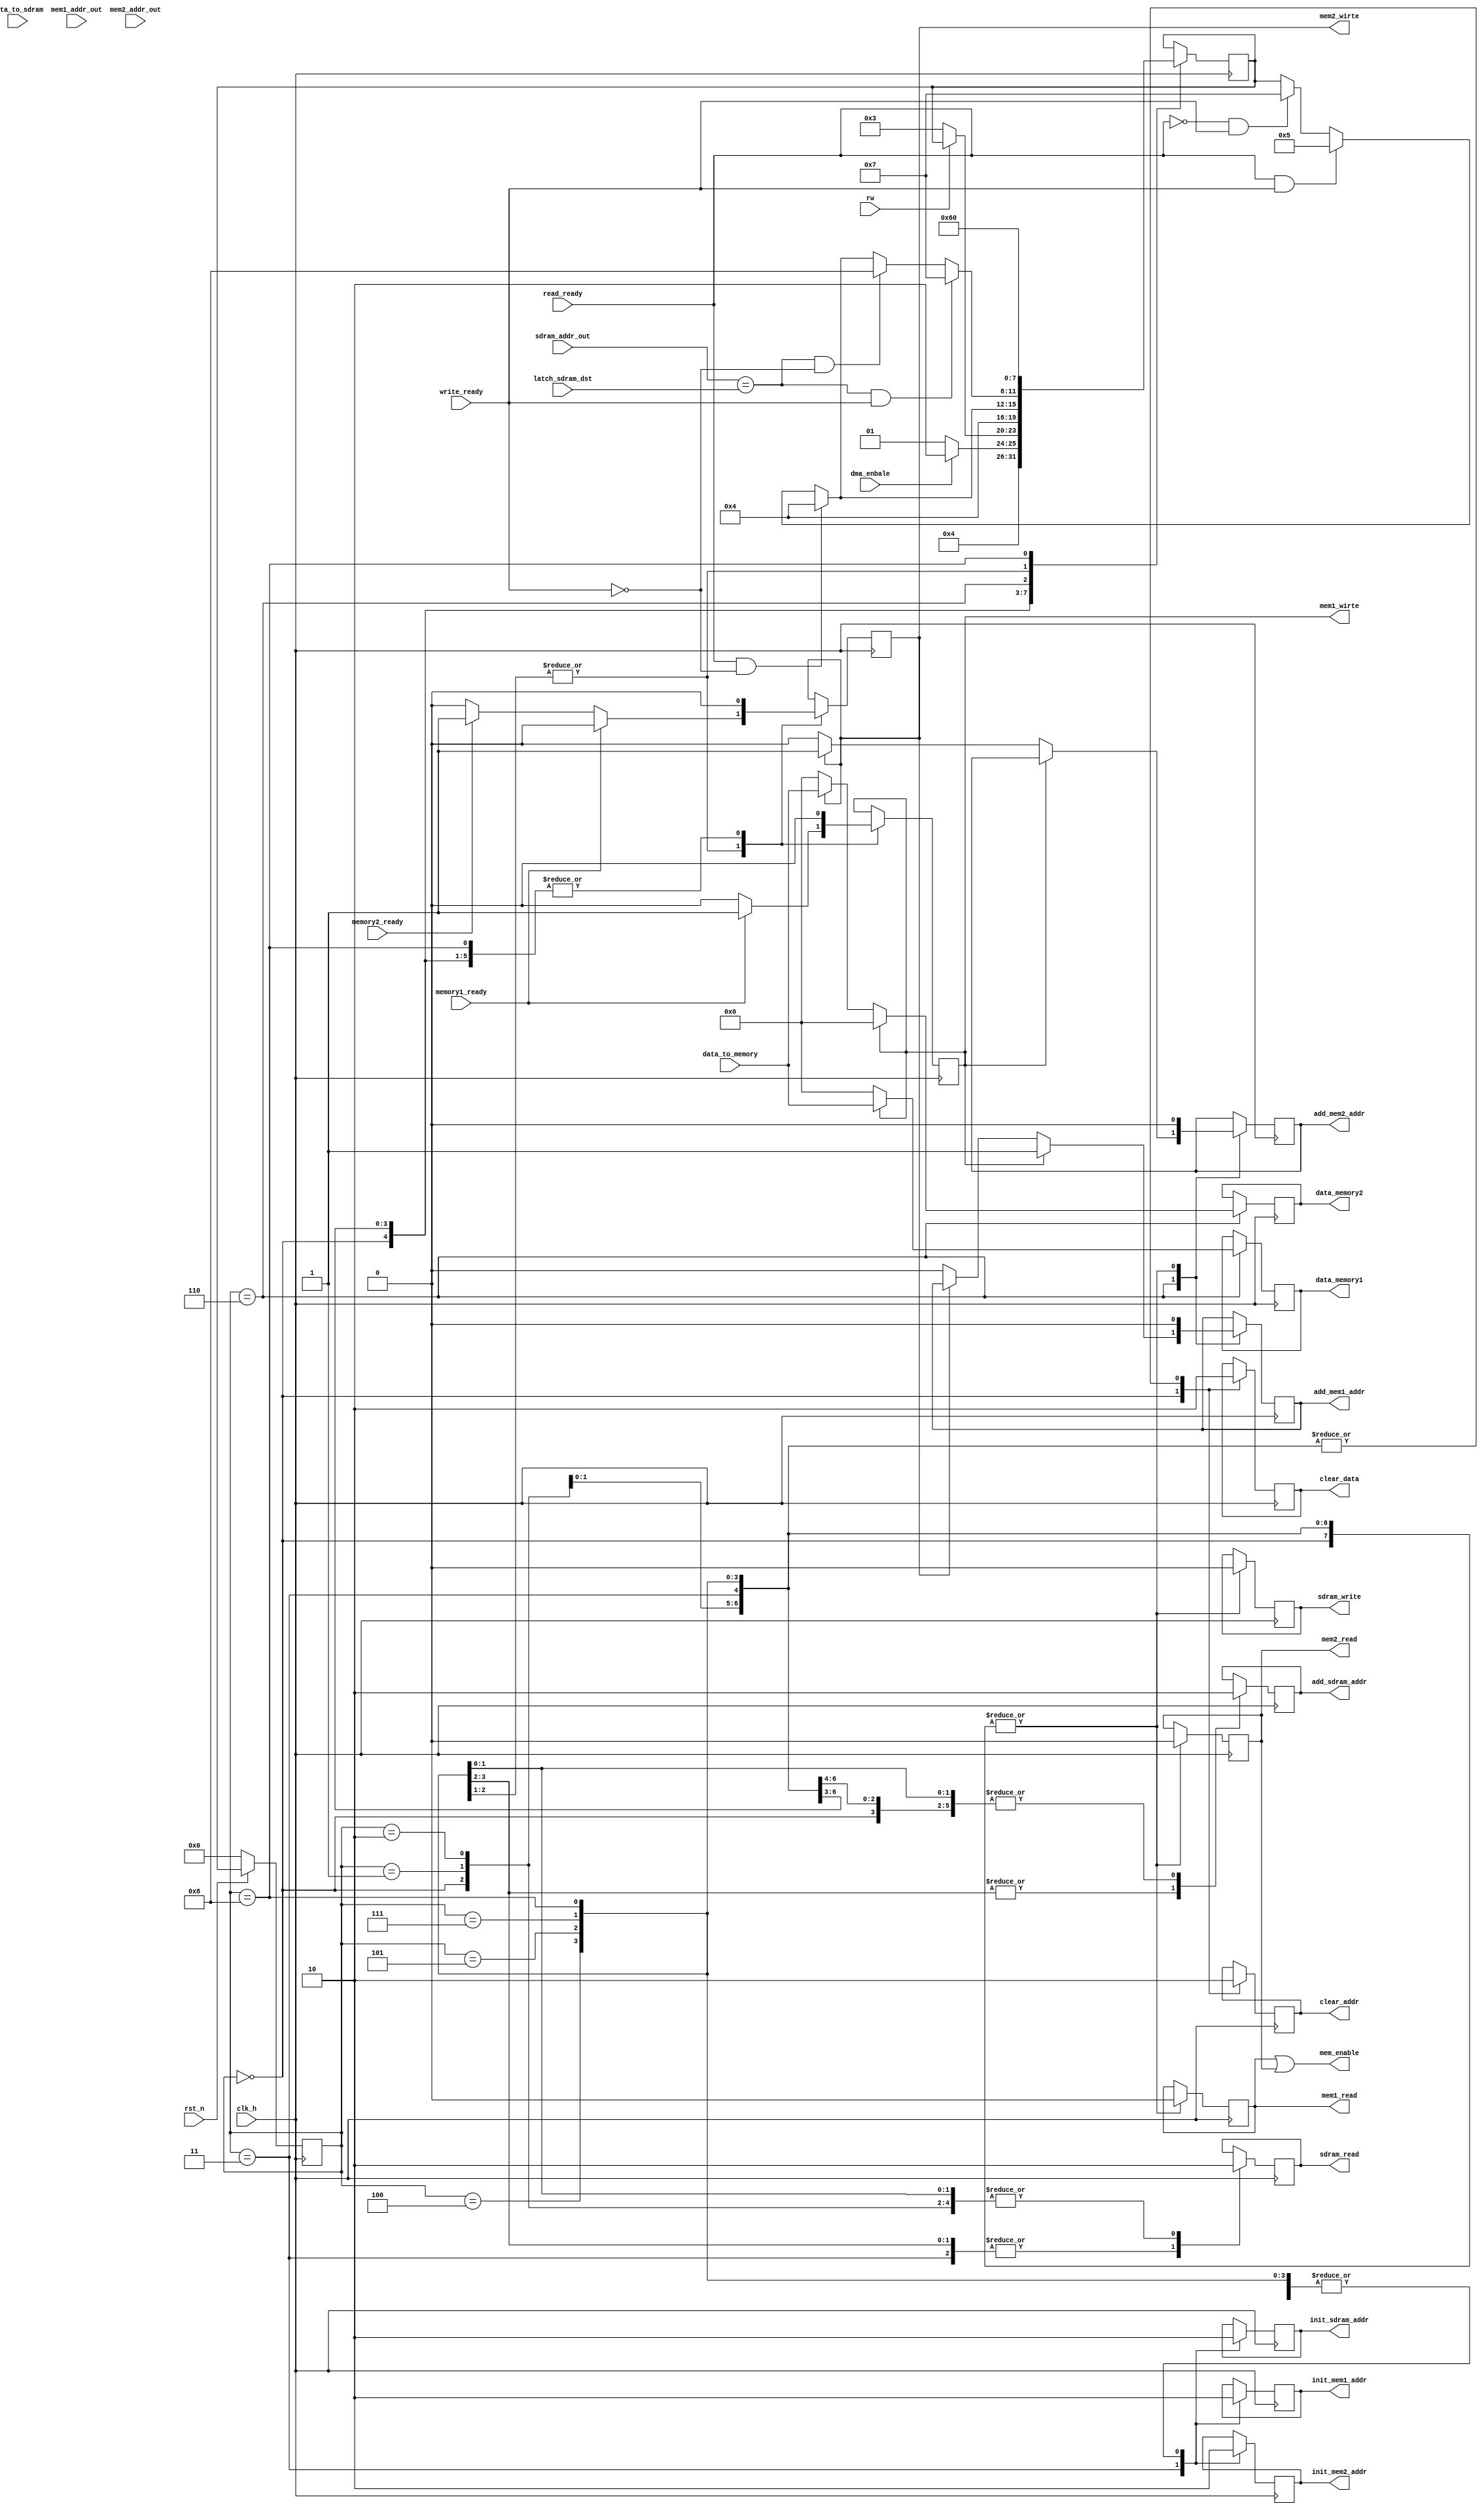
module control(
  input clk_h,
  input rst_n,
  input dma_enbale,
  input memory1_ready,
  input memory2_ready,
  
  //from data module
  input [255:0]data_to_memory,
  input [63:0] data_to_sdram,
  input write_ready,
  input read_ready,
  
  //from adresss module
  input [5:0] mem1_addr_out,
  input [5:0] mem2_addr_out,
  input [7:0] sdram_addr_out,
  
  // from top
  input [7:0] latch_sdram_dst,
  input rw, //0 sdram->memeory  memory->sdram
  //input [1:0] reg_pointer_beg;// 00 01 10 11
  //input [1:0] reg_pointer_curr;// 00 01 10 11
  output clear_data,
  output clear_addr,
  output sdram_read,
  output sdram_write,
  output mem1_read,
  output mem1_wirte,
  output mem2_read,
  output mem2_wirte,
  output init_sdram_addr,
  output init_mem1_addr,
  output init_mem2_addr,
  output add_sdram_addr,
  output add_mem1_addr,
  output add_mem2_addr,
  output [255:0] data_memory1,
  output [255:0] data_memory2,
  output mem_enable// ->data modle: empty_buffer
  );
  
  wire dma_enbale;
  wire memory1_ready;
  wire memory2_ready;
  
  //from data module
  wire [255:0]data_to_memory;
  wire [63:0] data_to_sdram;
  wire write_ready;
  wire read_ready;
  
  //from adresss module
  wire [5:0] mem1_addr_out;
  wire [5:0] mem2_addr_out;
  wire [7:0] sdram_addr_out;
  wire [7:0] latch_sdram_dst;
  wire rw;
  
  reg clear_data;
  reg clear_addr;
  reg sdram_read;
  reg sdram_write;
  reg mem1_read;
  reg mem1_wirte;
  reg mem2_read;
  reg mem2_wirte;
  reg init_sdram_addr;
  reg init_mem1_addr;
  reg init_mem2_addr;
  reg add_sdram_addr;
  reg add_mem1_addr;
  reg add_mem2_addr;
  reg [255:0] data_memory1;
  reg [255:0] data_memory2;
  wire mem_enable; //to data module 
  
  reg finish;
  reg [3:0] curr_state;
  reg [3:0] next_state;
  
  parameter s0=0,s1=1,s2=2,s3=3,s4=4,s5=5,s6=6,s7=7,s8=8;
  assign mem_enable=mem1_read||mem2_read;
  
   always@(posedge clk_h)
 begin
  if (rst_n == 1'b0) begin
    curr_state<=s0;
  end
  else
     curr_state<=next_state;
end

always@(posedge clk_h)
 begin
 case(curr_state)
  s0:
  begin
 clear_addr<=1;
 clear_data<=1;
 sdram_read<=0;
 sdram_write<=0;
 mem1_read<=0;
 mem1_wirte<=0;
 mem2_read<=0;
 mem2_wirte<=0;
 init_sdram_addr<=0;
 init_mem1_addr<=0;
 init_mem2_addr<=0;
 add_sdram_addr<=0;
 add_mem1_addr<=0;
 add_mem2_addr<=0;
 finish<=1;
 next_state<=s1;
  end
  
 s1:
  begin
  clear_addr<=0;
 clear_data<=0;
 sdram_read<=0;
 sdram_write<=0;
 mem1_read<=0;
 mem1_wirte<=0;
 mem2_read<=0;
 mem2_wirte<=0;
 init_sdram_addr<=0;
 init_mem1_addr<=0;
 init_mem2_addr<=0;
 add_sdram_addr<=0;
 add_mem1_addr<=0;
 add_mem2_addr<=0;
 finish<=1;
 if(dma_enbale==1)
 next_state<=s2;
 else
 next_state<=s1;
  end
  
  s2:
  begin
  clear_addr<=0;
 clear_data<=0;
 sdram_read<=0;
 sdram_write<=0;
 mem1_read<=0;
 mem1_wirte<=0;
 mem2_read<=0;
 mem2_wirte<=0;
 init_sdram_addr<=0;
 init_mem1_addr<=0;
 init_mem2_addr<=0;
 add_sdram_addr<=0;
 add_mem1_addr<=0;
 add_mem2_addr<=0;
 finish<=0;
 if(rw==0)
 next_state<=s3;
 //else
 //next_state<= jump to the state transfer from memory to sdram
 end
 
 // read data from sdram
   s3:
   begin
 clear_addr<=0;
 clear_data<=0;
 sdram_read<=1;
 sdram_write<=0;
 mem1_read<=0;
 mem1_wirte<=0;
 mem2_read<=0;
 mem2_wirte<=0;
 init_sdram_addr<=1;
 init_mem1_addr<=1;
 init_mem2_addr<=1;
 add_sdram_addr<=0;
 add_mem1_addr<=0;
 add_mem2_addr<=0;
 finish<=0;
 next_state<=s4;
   end
   
   s4:
   begin
 clear_addr<=0;
 clear_data<=0;
 sdram_read<=1;
 sdram_write<=0;
 mem1_read<=0;
 mem1_wirte<=0;
 mem2_read<=0;
 mem2_wirte<=0;
 init_sdram_addr<=0;
 init_mem1_addr<=0;
 init_mem2_addr<=0;
 add_sdram_addr<=1;
 add_mem1_addr<=0;
 add_mem2_addr<=0;
 finish<=0;
 if(read_ready==1&& write_ready==0)
   next_state<=s4;
 else if (read_ready==1 &&write_ready==1)
 next_state<=s5;
 else if(read_ready==0 &&write_ready==1)
 next_state<=s7;
 
   end
   
   s5:
   begin
 clear_addr<=0;
 clear_data<=0;
 sdram_read<=1;
 sdram_write<=0;
 
 if(memory1_ready==1)begin
 mem1_wirte<=1;
 mem2_wirte<=0;
 end
 else if(memory2_ready==1)begin
  mem1_wirte<=0;
  mem2_wirte<=1;
  end
  else begin
  mem1_wirte<=0;
  mem2_wirte<=0;
  end
  mem1_read<=0;
  mem2_read<=0;

 init_sdram_addr<=0;
 init_mem1_addr<=0;
 init_mem2_addr<=0;
 add_sdram_addr<=1;
 add_mem1_addr<=0;
 add_mem2_addr<=0;
 finish<=0; 
 next_state<=s6;
 
 end
 
 s6:
 begin
 if (mem1_wirte==1)
 begin
   data_memory1<=data_to_memory;
   data_memory2<=256'b0;
   add_mem1_addr<=1;
 end
   else if(mem2_wirte==1)
   begin
   data_memory1<=256'b0;
   data_memory2<=data_to_memory;
   add_mem2_addr<=1;
   end
   else
   begin
    data_memory1<=256'b0;
	data_memory2<=256'b0;
	add_mem1_addr<=0;
	add_mem2_addr<=0;
   end
   if(sdram_addr_out==latch_sdram_dst && write_ready==1)
   next_state<=s7;
   else if(sdram_addr_out==latch_sdram_dst && write_ready==0)
   next_state<=s8;
   else if(read_ready==1&& write_ready==0)
   next_state<=s4;
   else if (read_ready==1 &&write_ready==1)
   next_state<=s5;
   else if(read_ready==0 &&write_ready==1)
   next_state<=s7;
 end
    
	s7:
	begin
	clear_addr<=0;
	clear_data<=0;
	sdram_read<=0;
	sdram_write<=0;
	if(memory1_ready==1)begin
    mem1_wirte<=1;
    mem2_wirte<=0;
    end
	else if(memory2_ready==1)begin
	mem1_wirte<=0;
	mem2_wirte<=1;
	end
	else begin
	mem1_wirte<=0;
	mem2_wirte<=0;
	end
	mem1_read<=0;
	mem2_read<=0;
	init_sdram_addr<=0;
	init_mem1_addr<=0;
	init_mem2_addr<=0;
	add_sdram_addr<=0;
	add_mem1_addr<=0;
	add_mem2_addr<=0;
	finish<=0;
	next_state<=s6;
	end
	
	s8:
	begin
	clear_addr<=0;
	clear_data<=0;
	sdram_read<=0;
	sdram_write<=0;
	mem1_read<=0;
	mem1_wirte<=0;
	mem2_read<=0;
	mem2_wirte<=0;
	init_sdram_addr<=0;
	init_mem1_addr<=0;
	init_mem2_addr<=0;
	add_sdram_addr<=0;
	add_mem1_addr<=0;
	add_mem2_addr<=0;
	finish<=1;
	next_state<=s0;
	end
   
 endcase
 end
 
 
  endmodule